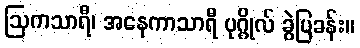
ဩကသာရီ၊ အနေကာသာရီ ပုဂ္ဂိုလ် ခွဲပြခန်း။